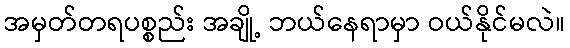
အမှတ်တရပစ္စည်း အချို့ ဘယ်နေရာမှာ ဝယ်နိုင်မလဲ။